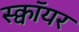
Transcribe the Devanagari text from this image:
स्क्वॉयर